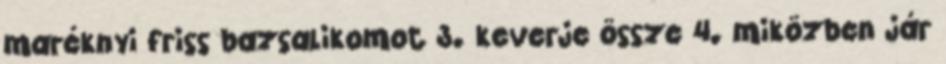
maréknyi friss bazsalikomot 3. keverje össze 4. miközben jár